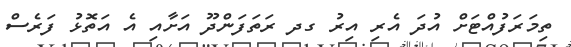
ތިމަރަފުއްޓަށް އުދަ އެރި އިރު ގދ ރަތަފަންދޫ އަށާއި އެ އަތޮޅު ފަރެސް